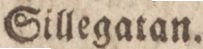
Sillegatan.